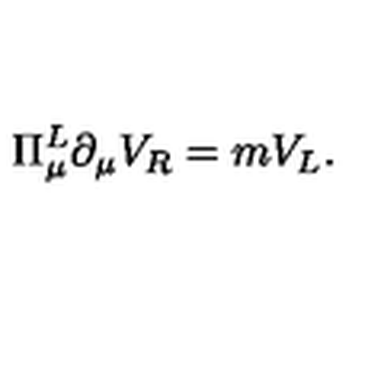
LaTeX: \Pi _ { \mu } ^ { L } \partial _ { \mu } V _ { R } = m V _ { L } .